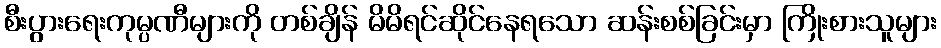
စီးပွားရေးကုမ္ပဏီများကို တစ်ချိန် မိမိရင်ဆိုင်နေရသော ဆန်းစစ်ခြင်းမှာ ကြိုးစားသူများ